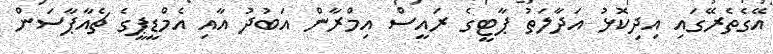
އޭގެތެރޭގައި އިދިކޮޅު އަދާލަތު ޕާޓީގެ ރައީސް އިމްރާން އަބުދު އާއި އެމްޑީޕީގެ ޗެއާޕާސަން